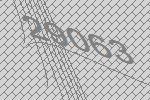
29063